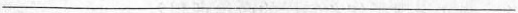
___